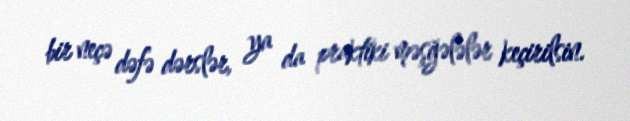
bir neçə dəfə dərslər, ya da praktiki məşğələlər keçirilsin.